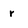
Character: r